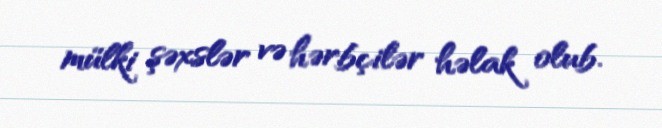
mülki şəxslər və hərbçilər həlak olub.